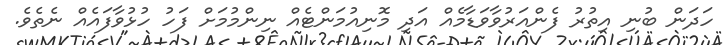
ހަދަން ބުނި އިތުރު ފެންއަރުވާވަޑާމެއް އަދި މޮނިއުމަންޓެއް ނިންމުމަށް ފަހު ހުޅުވާފައެއް ނެތެވެ.